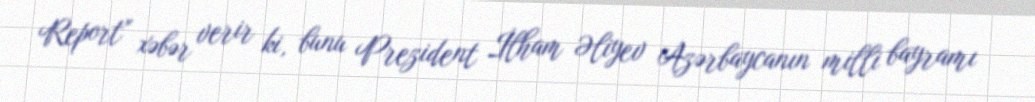
Report" xəbər verir ki, bunu Prezident İlham Əliyev Azərbaycanın milli bayramı